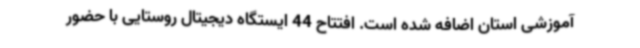
آموزشی استان اضافه شده است. افتتاح 44 ایستگاه دیجیتال روستایی با حضور